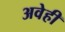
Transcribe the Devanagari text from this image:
अवेही